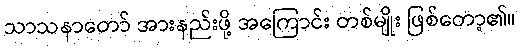
သာသနာတော် အားနည်းဖို့ အကြောင်း တစ်မျိုး ဖြစ်တော့၏။